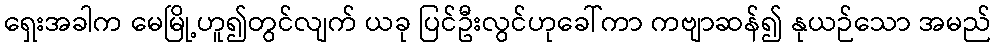
ရှေးအခါက မေမြို့ဟူ၍တွင်လျက် ယခု ပြင်ဦးလွင်ဟုခေါ်ကာ ကဗျာဆန်၍ နုယဉ်သော အမည်